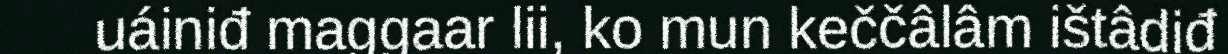
uáiniđ maggaar lii, ko mun keččâlâm ištâdiđ